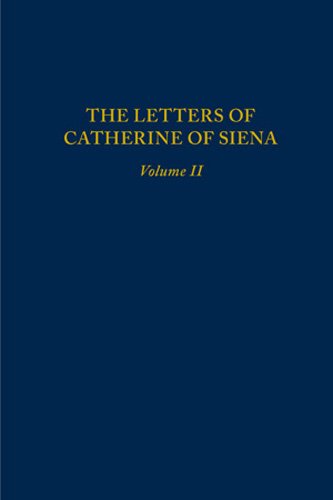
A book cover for The Letters of Catherine of Siena Volume II (Letters of St Catherine of Siena); Catherine; Literature & Fiction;